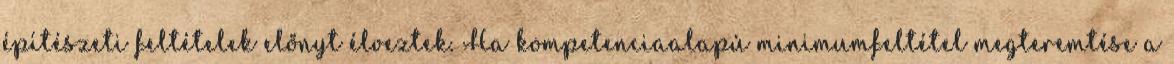
építészeti feltételek előnyt élveztek. Ha kompetenciaalapú minimumfeltétel megteremtése a